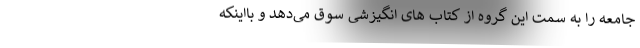
جامعه را به سمت این گروه از کتاب های انگیزشی سوق می‌دهد و بااینکه